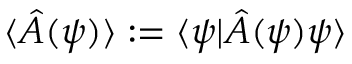
\langle \hat { A } ( \psi ) \rangle : = \langle \psi | \hat { A } ( \psi ) \psi \rangle